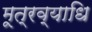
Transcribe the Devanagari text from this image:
मूत्रव्याधि